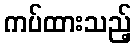
ကပ်ထားသည့်